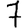
Digit: 7